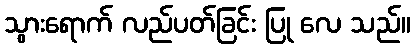
သွားရောက် လည်ပတ်ခြင်း ပြု လေ သည်။